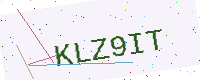
Text: KLZ9IT